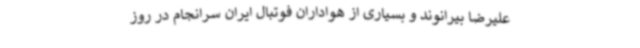
علیرضا بیرانوند و بسیاری از هواداران فوتبال ایران سرانجام در روز